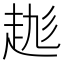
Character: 𧻆